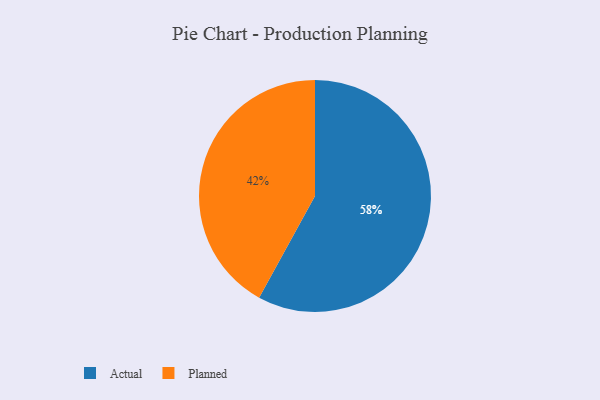
{"axis": {"x": "Category", "y": "Percentage"}, "legend": ["Actual", "Planned"], "data": [{"x": "Actual", "y": 58, "type": "Actual"}, {"x": "Planned", "y": 42, "type": "Planned"}]}